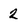
Character: 2